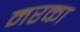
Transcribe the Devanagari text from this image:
मरका